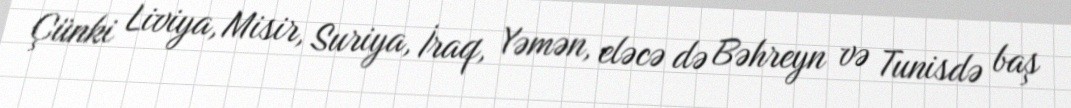
Çünki Liviya, Misir, Suriya, İraq, Yəmən, eləcə də Bəhreyn və Tunisdə baş